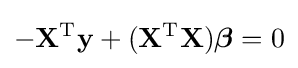
-\mathbf {X} ^{\rm {T}}\mathbf {y} +(\mathbf {X} ^{\rm {T}}\mathbf {X} ){\boldsymbol {\beta }}=0